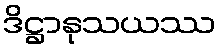
ဒိဋ္ဌာနုသယဿ